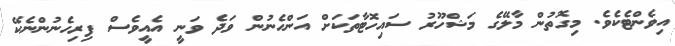
އިވެންޓެކެވެ. މިގޮތުން މާލޭގެ މަޝްހޫރު ސައިހޮޓާތަކަށް އަންހެނުން ވަދެ ވަނީ އެއީވެސް ފިރިހެނުންނެކޭ